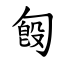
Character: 匓